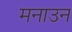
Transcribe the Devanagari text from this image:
मनाउन